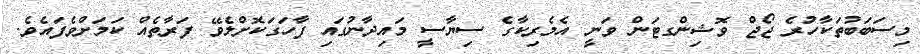
މިސަބަބުތަކާހުރެ ޖޯޖް ވޮޝިންގޓަން ވަނީ އެމެރިކާގެ ސިޔާސީ މައިދާނުގައި ފާހަގަކޮށްލެވޭ ފަރާތެއް ކަމަށްވެފައެވެ.